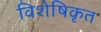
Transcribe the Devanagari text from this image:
विशेषिकृत